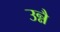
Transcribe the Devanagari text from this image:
उन्नै